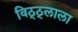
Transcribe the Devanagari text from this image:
विठ्ठ्लाला